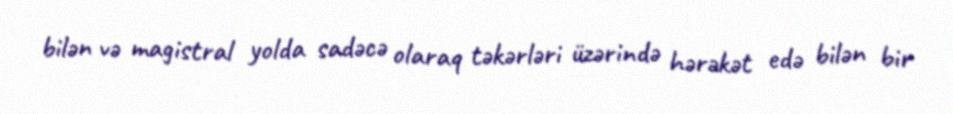
bilən və magistral yolda sadəcə olaraq təkərləri üzərində hərəkət edə bilən bir